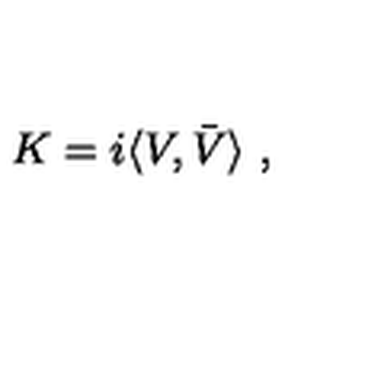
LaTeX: K = i \langle V , \bar { V } \rangle \ ,